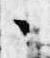
々